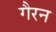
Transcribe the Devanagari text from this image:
गैरन